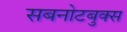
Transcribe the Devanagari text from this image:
सबनोटबुक्स